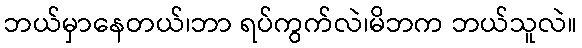
ဘယ်မှာနေတယ်၊ဘာ ရပ်ကွက်လဲ၊မိဘက ဘယ်သူလဲ။